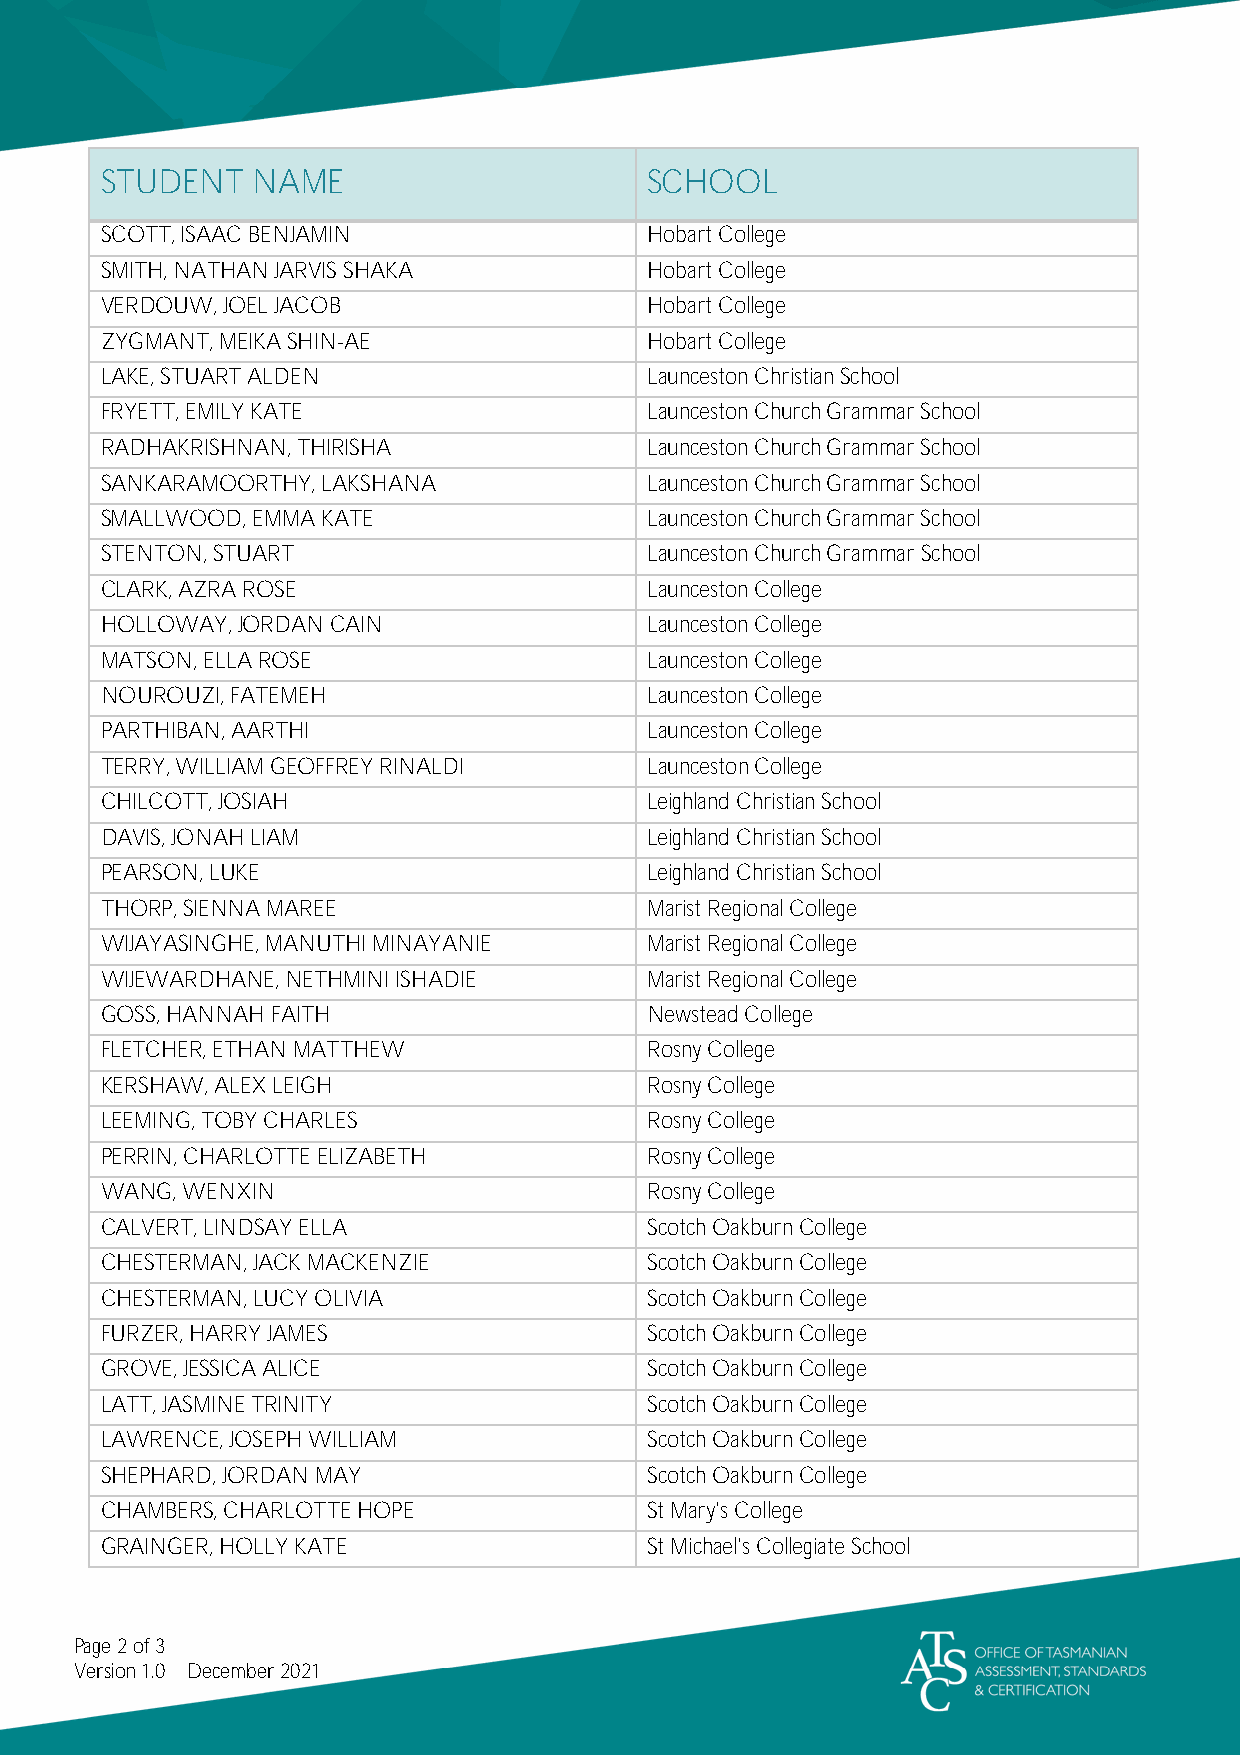
STUDENT   NAME                      SCHOOL
 SCOTT, ISAAC BENJAMIN               Hobart College
 SMITH, NATHAN JARVIS SHAKA          Hobart College
 VERDOUW, JOEL JACOB                 Hobart College
 ZYGMANT, MEIKA SHIN-AE              Hobart College
 LAKE, STUART ALDEN                  Launceston Christian School
 FRYETT, EMILY KATE                  Launceston Church Grammar School
 RADHAKRISHNAN, THIRISHA             Launceston Church Grammar School
 SANKARAMOORTHY, LAKSHANA            Launceston Church Grammar School
 SMALLWOOD, EMMA KATE                Launceston Church Grammar School
 STENTON, STUART                     Launceston Church Grammar School
 CLARK, AZRA ROSE                    Launceston College
 HOLLOWAY, JORDAN CAIN               Launceston College
 MATSON, ELLA ROSE                   Launceston College
 NOUROUZI, FATEMEH                   Launceston College
 PARTHIBAN, AARTHI                   Launceston College
 TERRY, WILLIAM GEOFFREY RINALDI     Launceston College
 CHILCOTT, JOSIAH                    Leighland Christian School
 DAVIS, JONAH LIAM                   Leighland Christian School
 PEARSON, LUKE                       Leighland Christian School
 THORP, SIENNA MAREE                 Marist Regional College
 WIJAYASINGHE, MANUTHI MINAYANIE     Marist Regional College
 WIJEWARDHANE, NETHMINI ISHADIE      Marist Regional College
 GOSS, HANNAH FAITH                  Newstead College
 FLETCHER, ETHAN MATTHEW             Rosny College
 KERSHAW, ALEX LEIGH                 Rosny College
 LEEMING, TOBY CHARLES               Rosny College
 PERRIN, CHARLOTTE ELIZABETH         Rosny College
 WANG, WENXIN                        Rosny College
 CALVERT, LINDSAY ELLA               Scotch Oakburn College
 CHESTERMAN, JACK MACKENZIE          Scotch Oakburn College
 CHESTERMAN, LUCY OLIVIA             Scotch Oakburn College
 FURZER, HARRY JAMES                 Scotch Oakburn College
 GROVE, JESSICA ALICE                Scotch Oakburn College
 LATT, JASMINE TRINITY               Scotch Oakburn College
 LAWRENCE, JOSEPH WILLIAM            Scotch Oakburn College
 SHEPHARD, JORDAN MAY                Scotch Oakburn College
 CHAMBERS, CHARLOTTE HOPE            St Mary's College
 GRAINGER, HOLLY KATE                St Michael's Collegiate School
 Page 2 of 3
 Version 1.0 December 2021